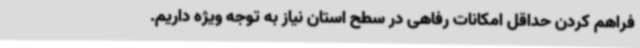
فراهم کردن حداقل امکانات رفاهی در سطح استان نیاز به توجه ویژه داریم.